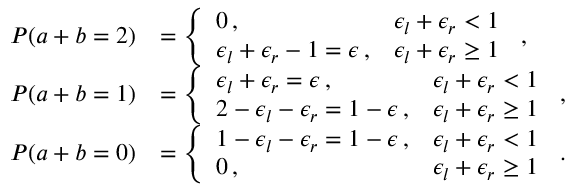
\begin{array} { r l } { P ( a + b = 2 ) } & { = \left\{ \begin{array} { l l } { 0 \, , } & { \epsilon _ { l } + \epsilon _ { r } < 1 } \\ { \epsilon _ { l } + \epsilon _ { r } - 1 = \epsilon \, , } & { \epsilon _ { l } + \epsilon _ { r } \geq 1 } \end{array} \right. \, , } \\ { P ( a + b = 1 ) } & { = \left\{ \begin{array} { l l } { \epsilon _ { l } + \epsilon _ { r } = \epsilon \, , } & { \epsilon _ { l } + \epsilon _ { r } < 1 } \\ { 2 - \epsilon _ { l } - \epsilon _ { r } = 1 - \epsilon \, , } & { \epsilon _ { l } + \epsilon _ { r } \geq 1 } \end{array} \right. \, , } \\ { P ( a + b = 0 ) } & { = \left\{ \begin{array} { l l } { 1 - \epsilon _ { l } - \epsilon _ { r } = 1 - \epsilon \, , } & { \epsilon _ { l } + \epsilon _ { r } < 1 } \\ { 0 \, , } & { \epsilon _ { l } + \epsilon _ { r } \geq 1 } \end{array} \right. \, . } \end{array}